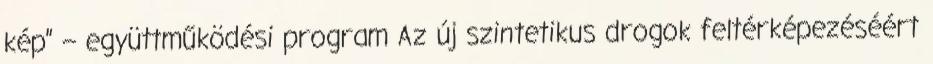
kép” – együttműködési program Az új szintetikus drogok feltérképezéséért